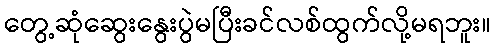
တွေ့ဆုံဆွေးနွေးပွဲမပြီးခင်လစ်ထွက်လို့မရဘူး။